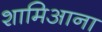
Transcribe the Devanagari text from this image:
शामिआना